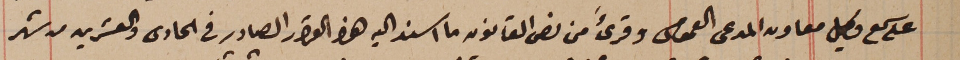
على سمع وكيل معاون المدعى العمومى وقرىءَ من نص القانون ما اسند اليه هذا القرار الصادر في الحادى والعشرين من شهر